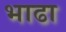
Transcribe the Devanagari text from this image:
भाढा